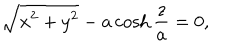
LaTeX: \sqrt { x ^ { 2 } + y ^ { 2 } } - a \cosh \frac { z } { a } = 0 ,